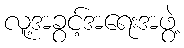
လူ့အခွင့်အရေးအဖွဲ့